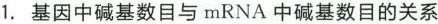
1.基因中碱基数目与mRNA中碱基数目的关系